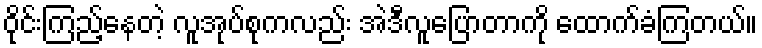
ဝိုင်းကြည့်နေတဲ့ လူအုပ်စုကလည်း အဲဒီလူပြောတာကို ထောက်ခံကြတယ်။